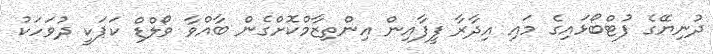
ދުނިޔޭގެ ފުޓްބޯޅައިގެ މައި އިދާރާ ފީފާއިން އިންތިޒާމްކޮށްގެން ބާއްވާ ވޯލްޑް ކަޕަކީ ދުވަހަކު